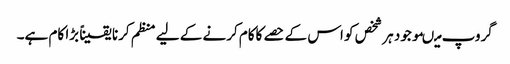
گروپ میںموجود ہر شخص کو اس کے حصے کاکام کرنے کے لیے منظم کرنا یقیناً بڑا کام ہے۔